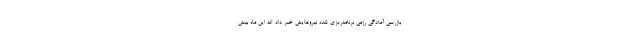
بازرسی آمادگی رزمی برنامه‌ریزی شده نیروهایش خبر داد که این ماه بیش